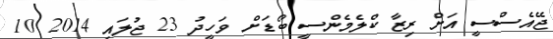
ޖޭއެސްސީ އަށް ރިޒާ ކްލެމެންސީ ބޯޑަށް ވަހީދު 23 ޖުލައި 2014 10